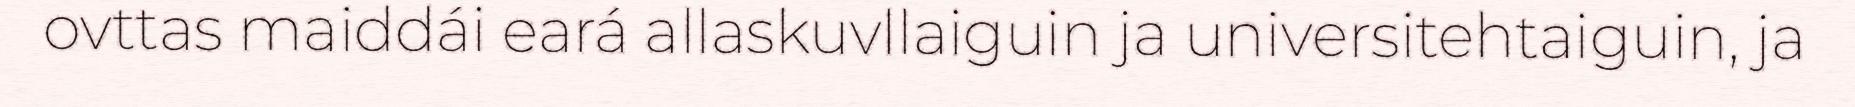
ovttas maiddái eará allaskuvllaiguin ja universitehtaiguin, ja